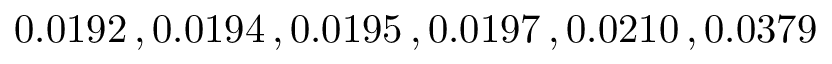
0 . 0 1 9 2 \, , 0 . 0 1 9 4 \, , 0 . 0 1 9 5 \, , 0 . 0 1 9 7 \, , 0 . 0 2 1 0 \, , 0 . 0 3 7 9